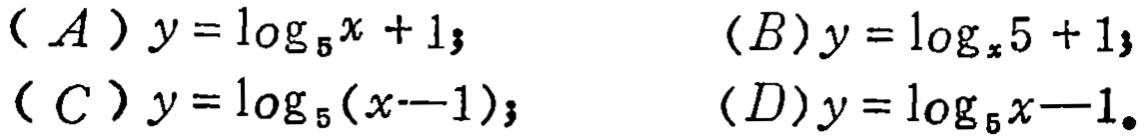
(A) \(y = \log_{5}x + 1\); (B) \(y = \log_{x}5 + 1\); (C) \(y = \log_{5}(x - 1)\); (D) \(y = \log_{5}x - 1\)